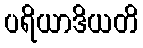
ပရိယာဒိယတိ